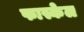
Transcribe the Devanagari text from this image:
फास्केल